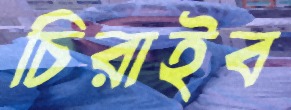
চিরাইব